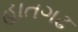
હાતગઢ